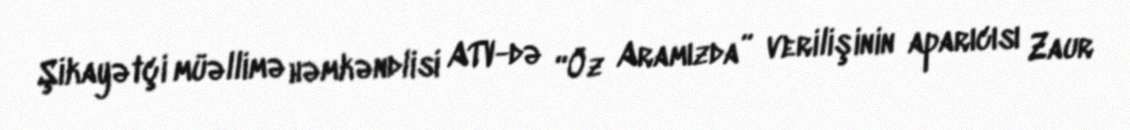
Şikayətçi müəllimə həmkəndlisi ATV-də “Öz Aramızda” verilişinin aparıcısı Zaur